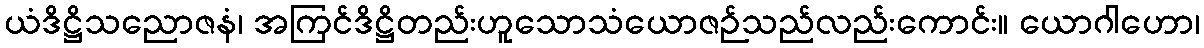
ယံဒိဋ္ဌိသညောဇနံ၊ အကြင်ဒိဋ္ဌိတည်းဟူသောသံယောဇဉ်သည်လည်းကောင်း။ ယောဂါဟော၊